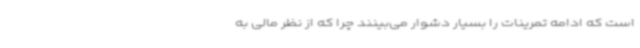
است که ادامه تمرینات را بسیار دشوار می‌بینند چرا که از نظر مالی به